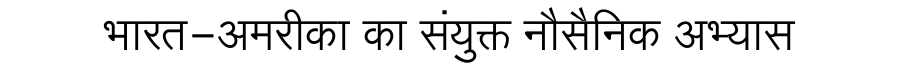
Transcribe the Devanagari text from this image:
भारत-अमरीका का संयुक्त नौसैनिक अभ्यास